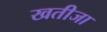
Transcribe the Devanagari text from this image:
खतीजा